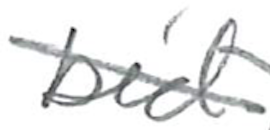
Text: bid
Cross-out: diagonal
Writing tool: pencil